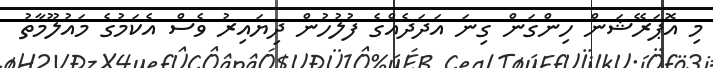
މި އޮޕަރޭޝަން ހިންގަން ގިނަ އަދަދެއްގެ ފުލުހުން ދިޔައިރު ވެސް އެކަމުގެ މައުލޫމާތު